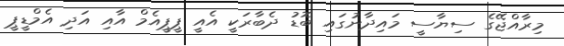
މިރާއްޖޭގެ ސިޔާސީ މައިދާނުގައި ބޮޑު ދެބާރަކީ އެއީ ޕީޕީއެމް އާއި އަދި އެމްޑީޕީ